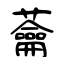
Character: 蘥